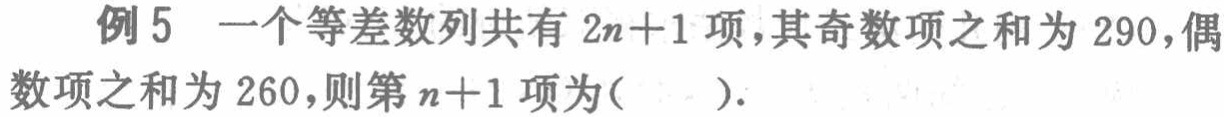
例5 一个等差数列共有 \(2n + 1\) 项，其奇数项之和为 290，偶数项之和为 260，则第 \(n + 1\) 项为( )．